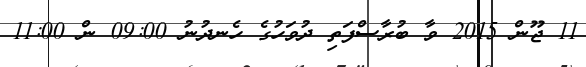
11 ޖޫން 2015 ވާ ބުރާސްފަތި ދުވަހުގެ ހެނދުނު 09:00 ން 11:00